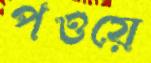
পওয়ে